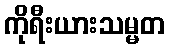
ကိုရီးယားသမ္မတ